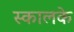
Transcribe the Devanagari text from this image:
स्कालके